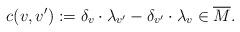
LaTeX: \begin{align*} c(v,v'):=\delta_v\cdot \lambda_{v'}-\delta_{v'}\cdot \lambda_{v}\in\overline M.\end{align*}